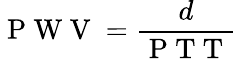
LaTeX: \mathrm{~P~W~V~}=\displaystyle\frac{d}{\mathrm{~P~T~T~}}